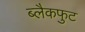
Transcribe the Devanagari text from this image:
ब्लैकफुट